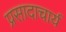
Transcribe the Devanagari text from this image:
प्रसादाचार्य